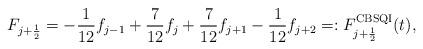
LaTeX: \begin{align*} F_{j+\frac{1}{2}}=-\frac{1}{12}f_{j-1}+\frac{7}{12}f_{j}+\frac{7}{12}f_{j+1}-\frac{1}{12}f_{j+2}=: {F}^{\rm CBSQI}_{j+\frac{1}{2}}(t),\end{align*}